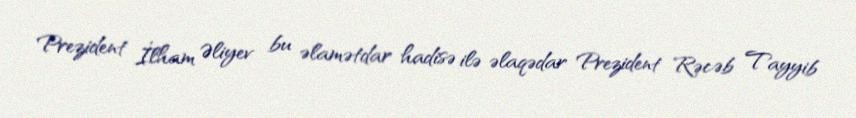
Prezident İlham Əliyev bu əlamətdar hadisə ilə əlaqədar Prezident Rəcəb Tayyib